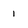
Character: 1